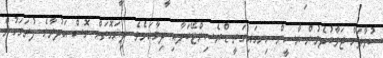
ސުވާލަށް ޖަވާބުދެމުން ޔާސީން ހިނގައިގަތީ ޑްރެސިންޓޭބަލާއި ދިމާއަށެވެ. ދިޔަގޮތަށް ގޮސް އަދުރާގެ ފުރަގަހުން